65_HS1-834228961_62-HQ-83894_Section_1
Agency: FBI
Page 99
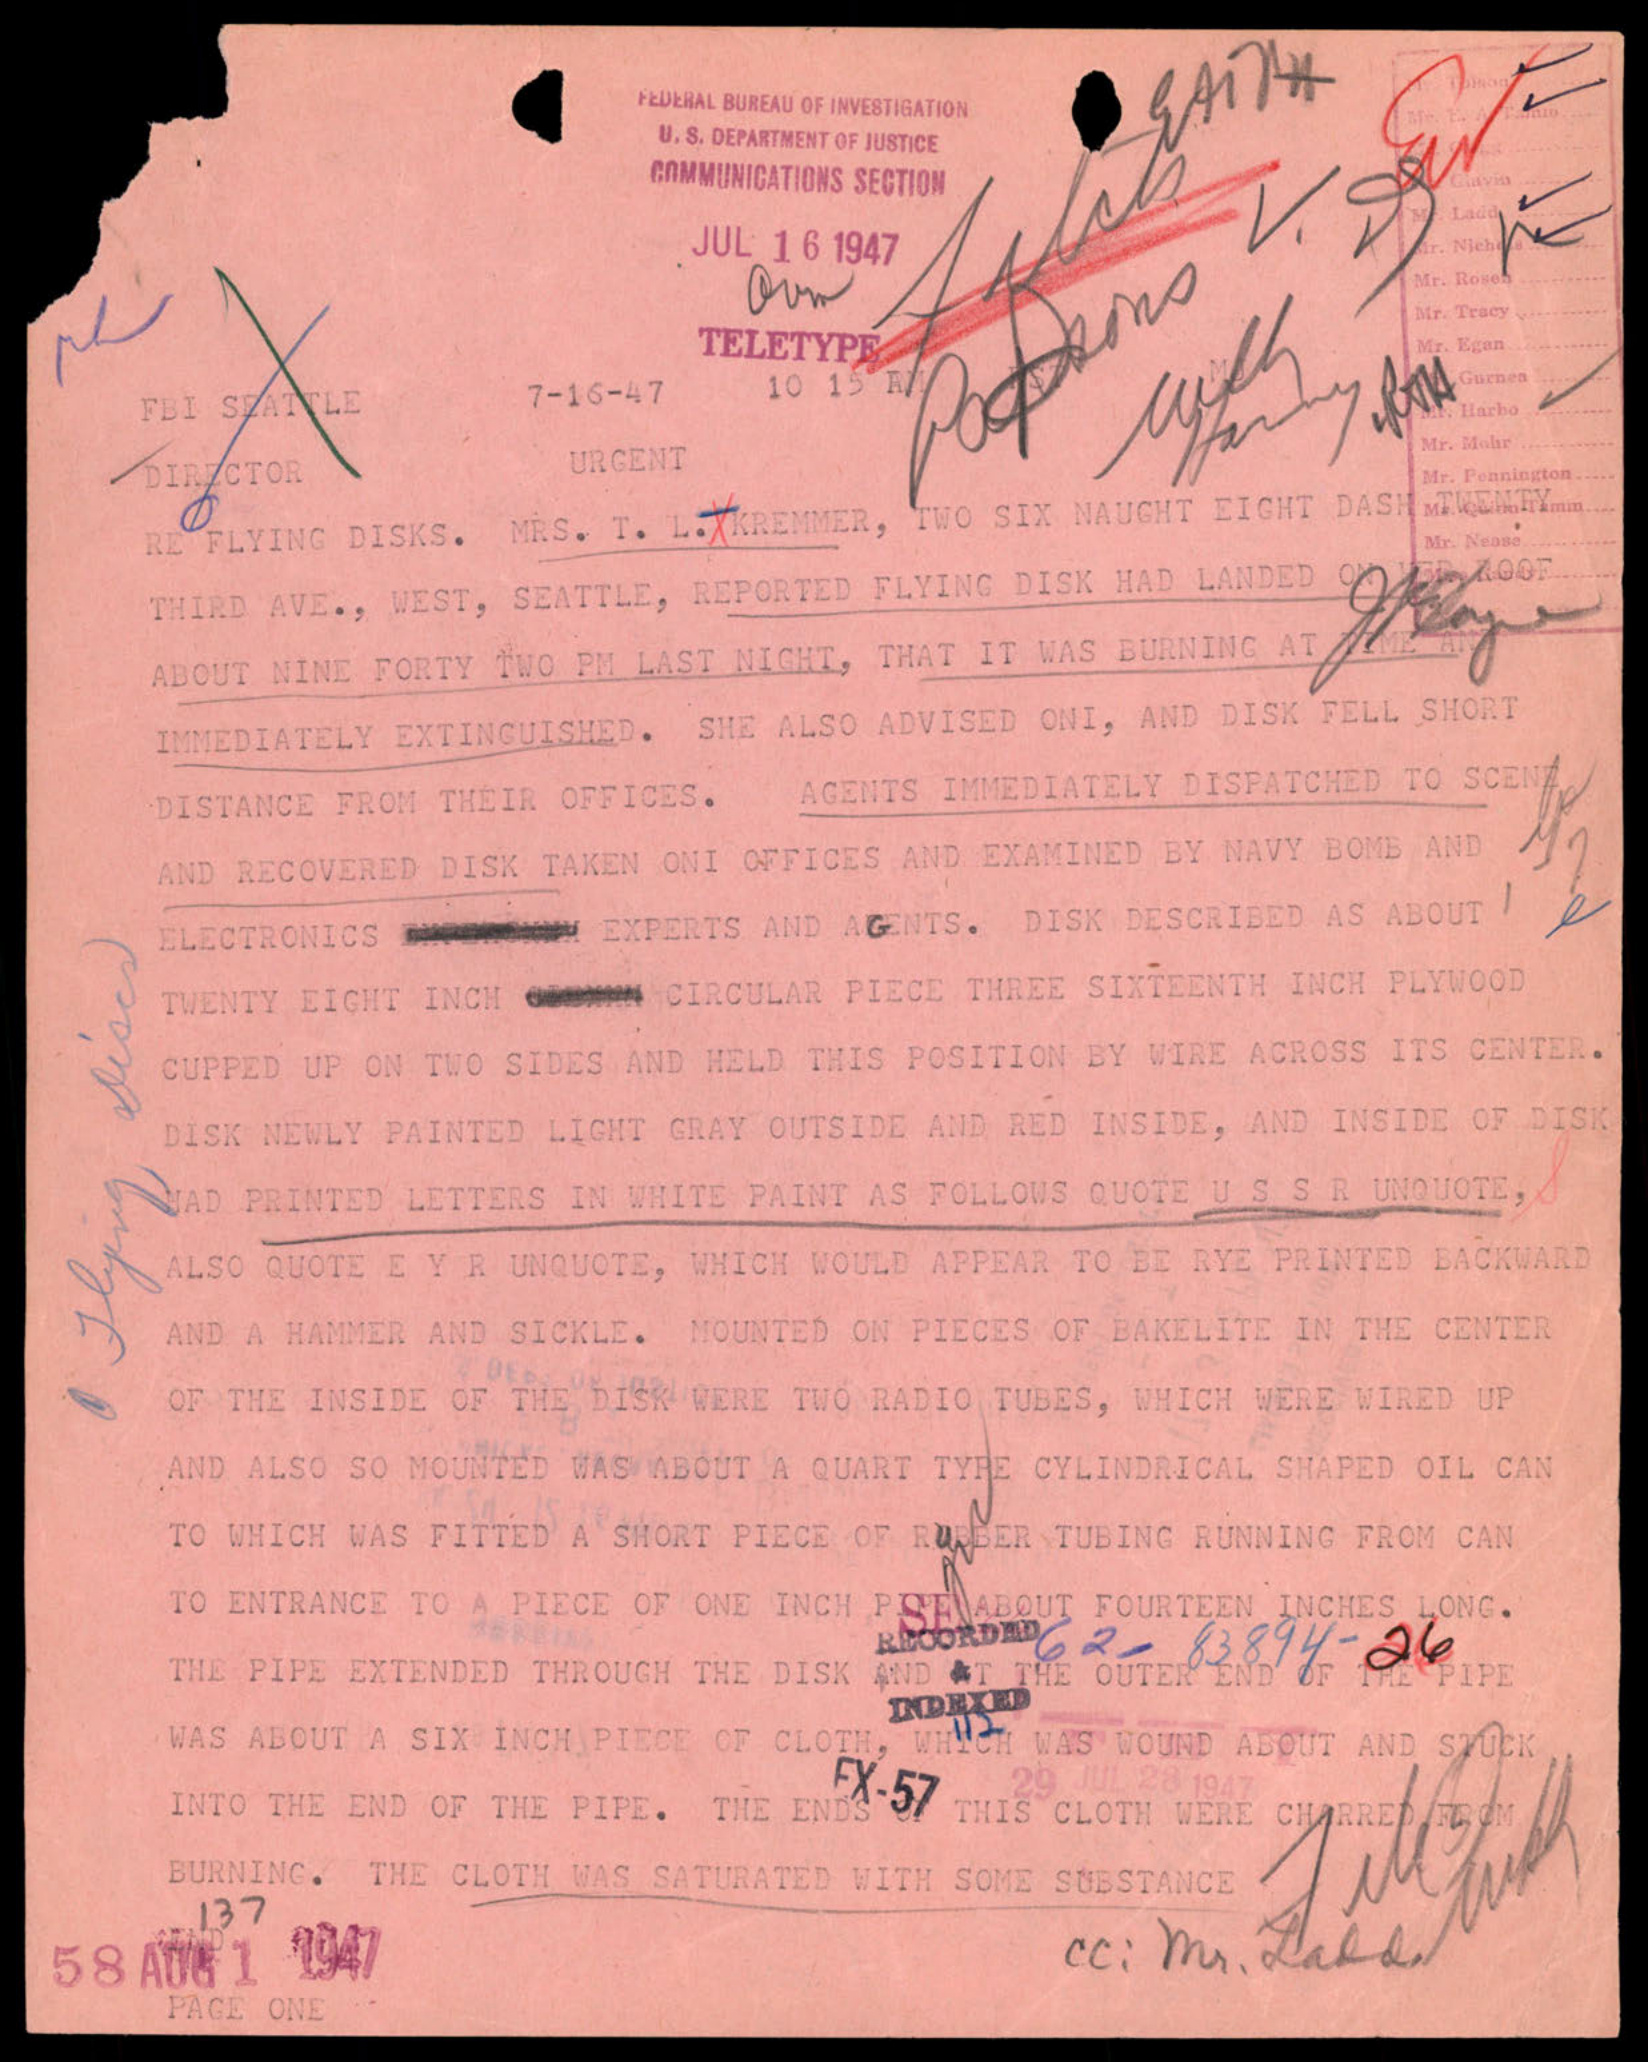